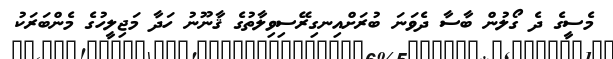
މެސީގެ ދެ ގޯލުން ބާސާ ދެވަނަ ބުރަށްއިނގިރޭސިވިލާތުގެ ޤާނޫނު ހަދާ މަޖިލީހުގެ މެންބަރަކު